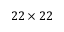
2 2 \times 2 2